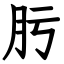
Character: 肟